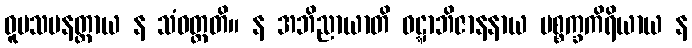
ဝူပသမနတ္ထာယ န သံဝတ္တတိ။ န အဘိညာယာတိ ဝဋ္ဋာဘိဇာနနာယ ပစ္စက္ခကိရိယာယ န